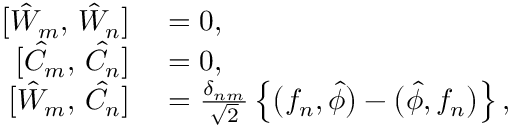
\begin{array} { r l } { \bigl [ \hat { W } _ { m } , \, \hat { W } _ { n } \bigr ] } & { { } = 0 , } \\ { \bigl [ \hat { C } _ { m } , \, \hat { C } _ { n } \bigr ] } & { { } = 0 , } \\ { \bigl [ \hat { W } _ { m } , \, \hat { C } _ { n } \bigr ] } & { { } = \frac { \delta _ { n m } } { \sqrt { 2 } } \left\{ \bigl ( f _ { n } , \hat { \phi } \bigr ) - \bigl ( \hat { \phi } , f _ { n } \bigr ) \right\} , } \end{array}